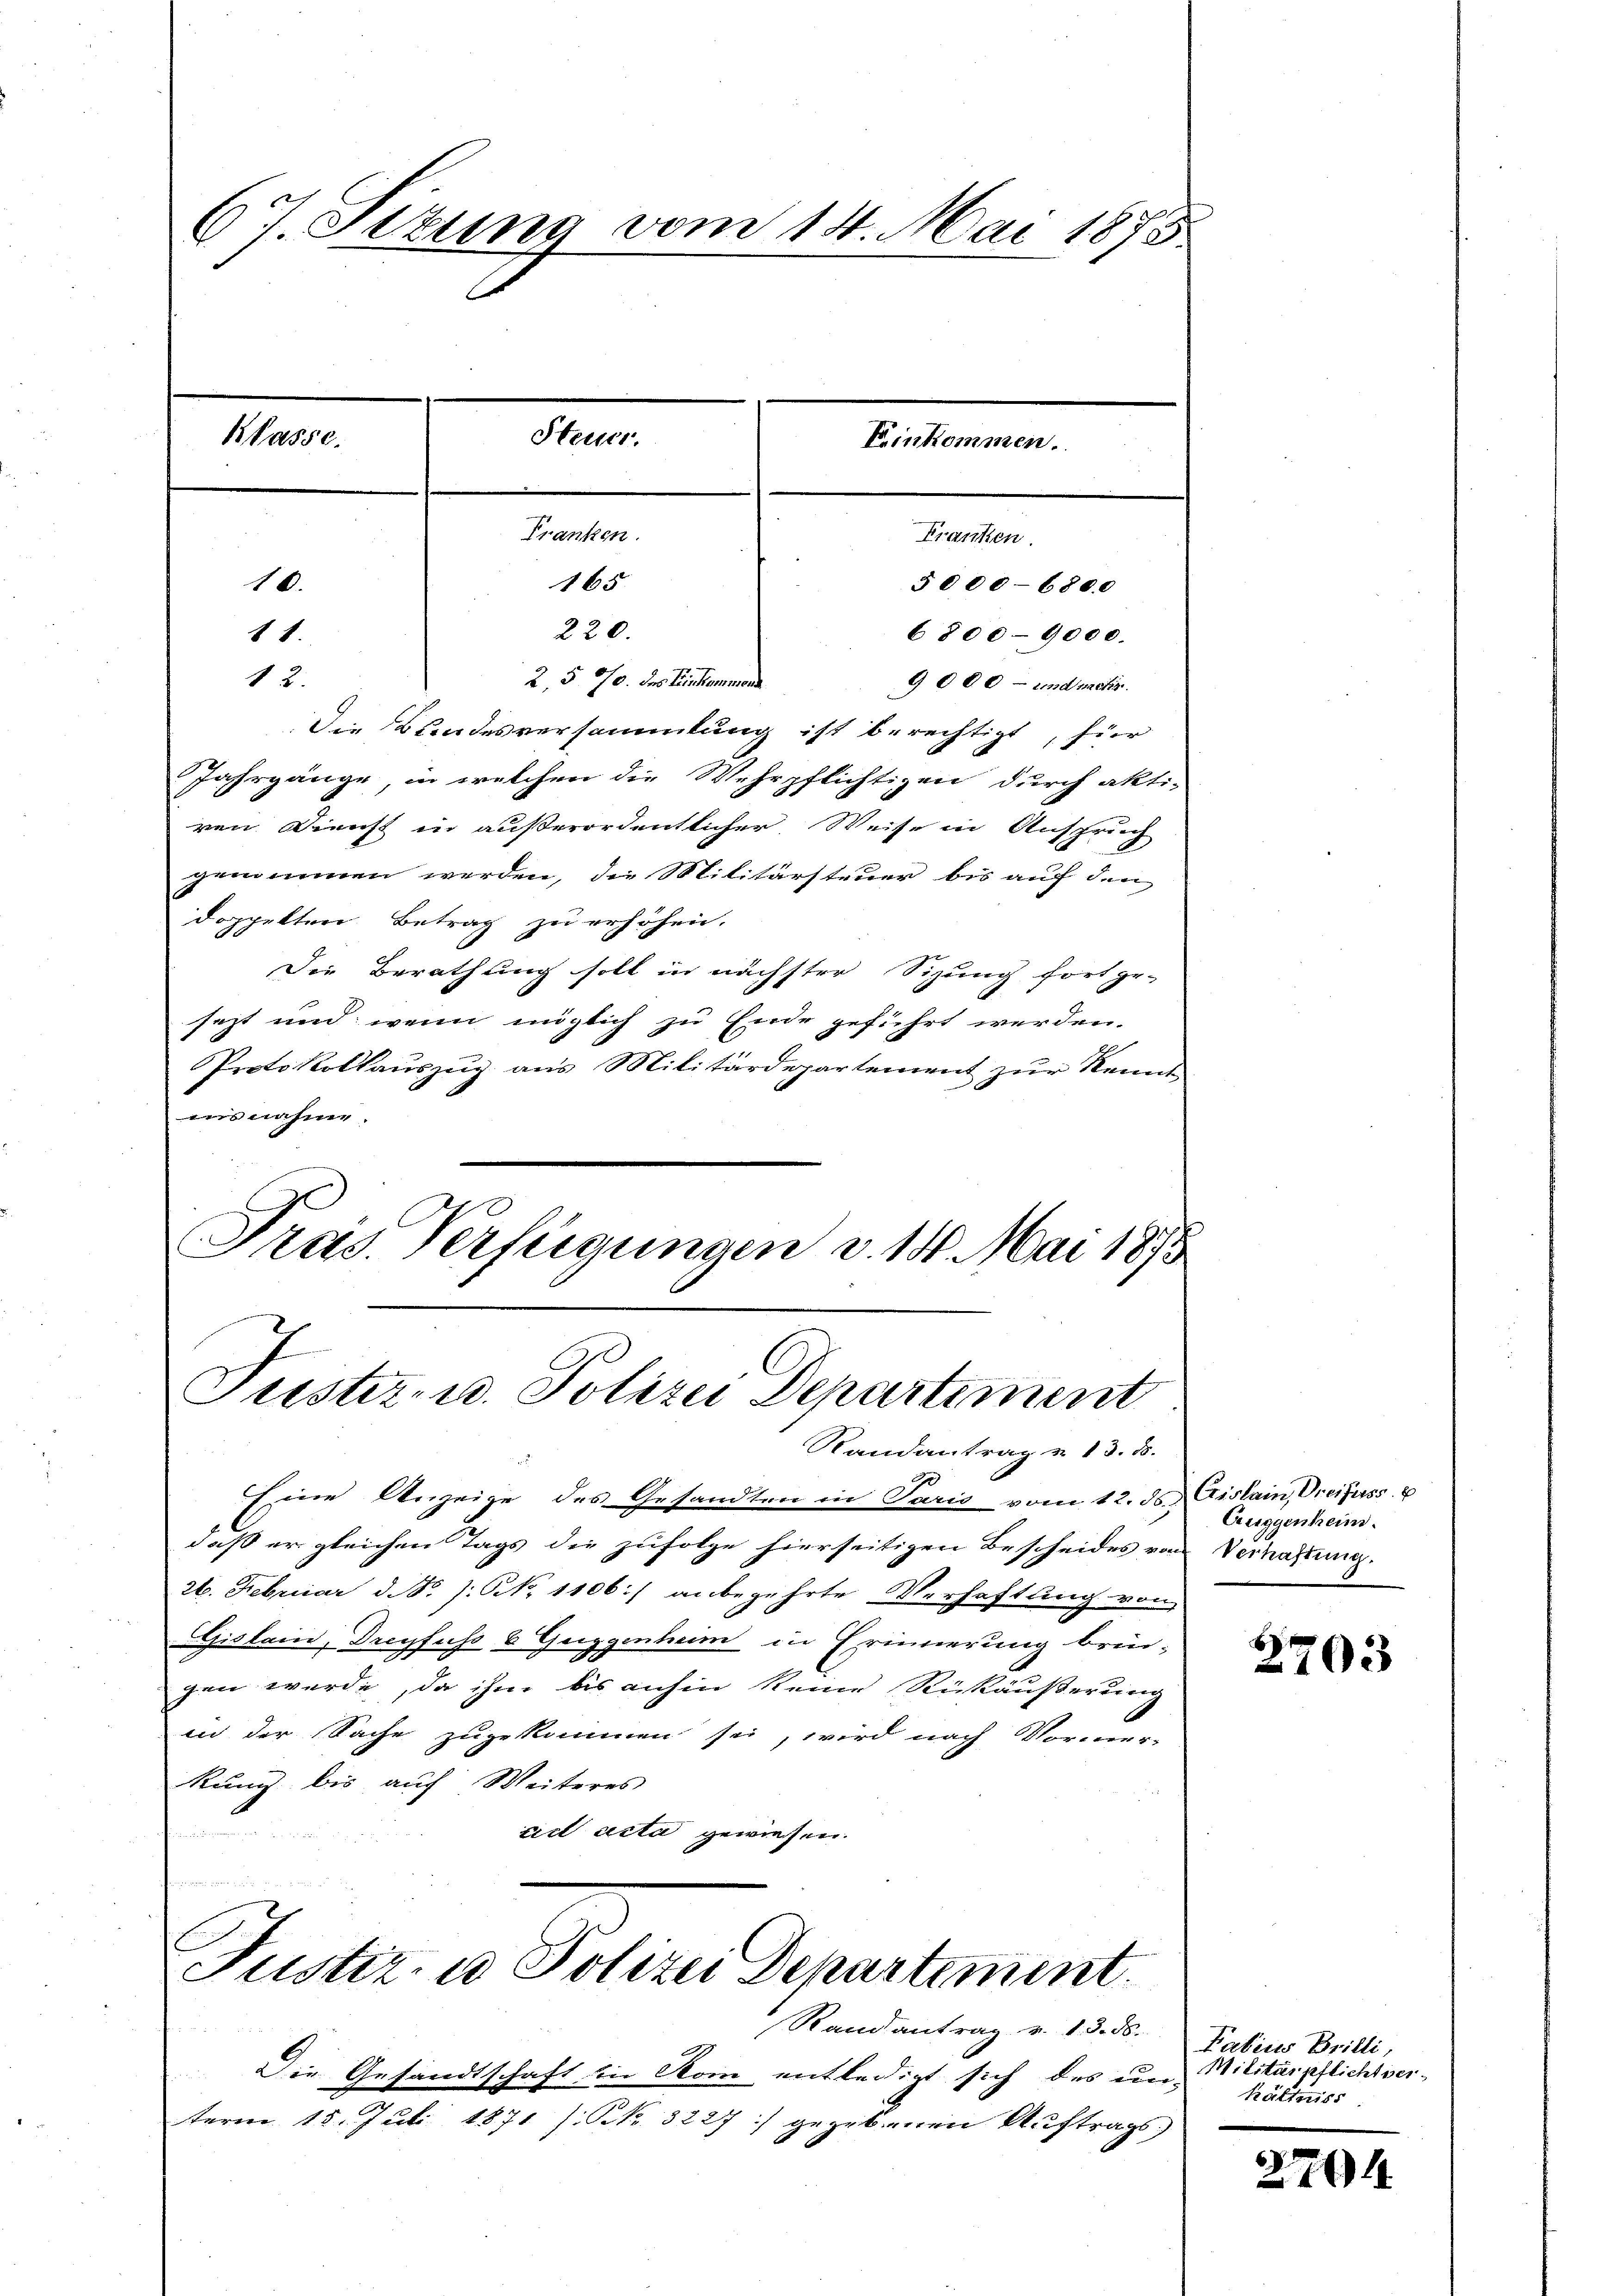
6. Sitzung vom 14. Mai 1875
Steuer.
Nasse.
Ernennen.
Franken.
Franken.
165
10.
5000-6800

220.
2, 5 90. des Einkommene
12.
Die Bundesversammlung ist berechtigt, für
Jahrgänge, in welchen die Wehrpflichtigen durch akti-
ren Dienst in außerordentlicher Weise in Anspruch
genommen werden, die Militärsteuer bis auf den
doppelten Betrag zu erhöhen.
Die Berathung soll in nächster Sizung fort ge-
sezt und wenn möglich zu Ende geführt werden.
Protokollauszug aus Militärdepartement zur Kennt
iis nahme.
Tras. Verfügungen v. 15. Mai 1873

81.

Justiz- u. Polizei Departiment
Randantrag v. 13. d.

6800-9000.
9 000 - und mesis

Justiz- u Polizei Departiment.
Randantrag v. 13. 56.

Eine Anzeige des Gesandten in Paris vom 12. ds. Gislain, Oreifuss.
daß er gleichen Tags die zufolge hierseitigen Bescheides von Vernahmung.
26. Februar d. N. /: No 1106) anbegehrte Verhaftung von
Gislain, Dreyfuss 6 Guggenheim in Erinnerung brin-
gen wurde, da ihm bis anhin keine Rückäußerung
in der Sache zugekommen sei, wird nach Vormer-
kung bis auf Weiteres
ciel acta gewiesen.

Die Gesandtschaft in Rom entledigt sich des un-
term 15. Juli 1871 (OR 3227) gegebenen Auftrags,

Auggenheim.

2703

Fatius Brilli,
Militärpflichtser-
hältniss

2794